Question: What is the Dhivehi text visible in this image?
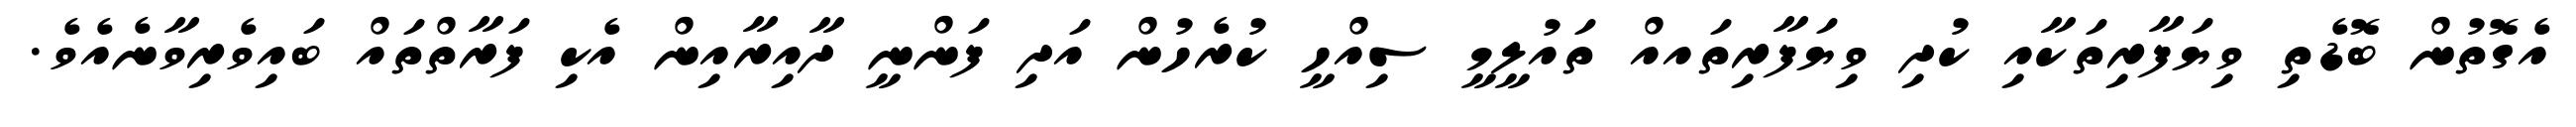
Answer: އެގޮތުން ބޮޑެތި ވިޔަފާރިތަކާއި ކުދި ވިޔަފާރިތައއް ތައުލީމީ ސިއްހީ ކުރެހުން އަދި ފަންނީ ދާއިރާއިން އެކި ފަރާތްތައް ބައިވެރިވާނެއެވެ.